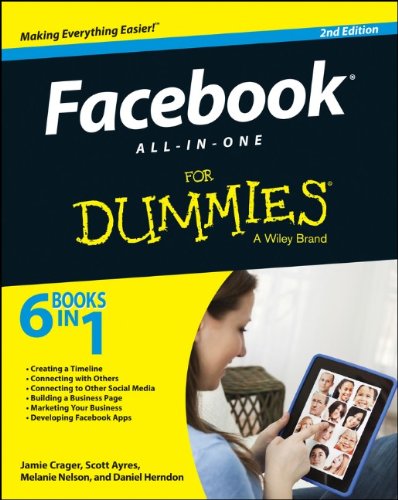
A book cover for Facebook All-in-One For Dummies; Jamie Crager; Computers & Technology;